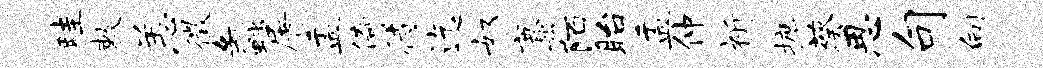
畦敕恙徵蠡屠盂倚待迄奴麋陌眙盂仲祈摭葵思句向